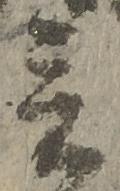
言